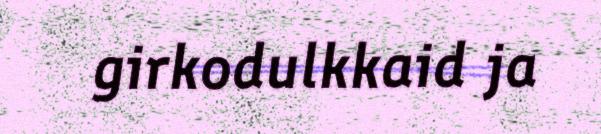
girkodulkkaid ja